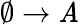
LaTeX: \emptyset\to\mathit{A}